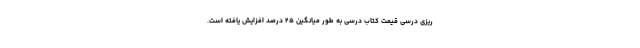
ریزی درسی قیمت کتاب درسی به طور میانگین ۲۵ درصد افزایش یافته است.